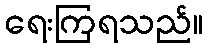
ရေးကြရသည်။